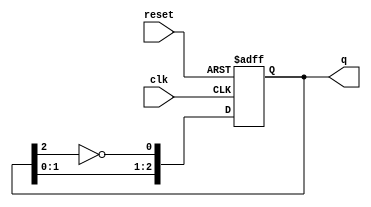
module ring_johnson_counter #(parameter N = 3) (
    input wire clk,         // Clock input
    input wire reset,       // Asynchronous reset
    output reg [N-1:0] q    // Output state
);

    // Internal signal for the inverted output of the last flip-flop
    wire feedback;

    // Invert the output of the last flip-flop
    assign feedback = ~q[N-1];

    // Sequential logic for the Johnson counter
    always @(posedge clk or posedge reset) begin
        if (reset) begin
            // Asynchronous reset to 0
            q <= 0;
        end else begin
            // Shift the states and apply feedback
            q <= {q[N-2:0], feedback};
        end
    end

endmodule